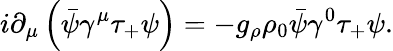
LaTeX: i\partial_{\mu}\left(\bar{\psi}\gamma^{\mu}\tau_{+}\psi\right)=-g_{\rho}\rho_{0}\bar{\psi}\gamma^{0}\tau_{+}\psi.